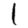
Digit: 1